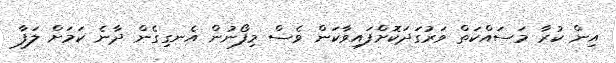
އިން ކުރާ މަސައްކަތް ވަރުގަދަކޮށްފައިވާކަން ވެސް މިފޯނުން އެނގިގެން ދާނެ ކަމަށް ލަފާ